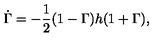
\dot { \Gamma } = - \frac { 1 } { 2 } ( 1 - \Gamma ) h ( 1 + \Gamma ) ,